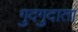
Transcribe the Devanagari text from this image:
गुदगुदाता